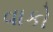
વાકો